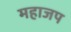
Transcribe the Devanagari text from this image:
महाजप